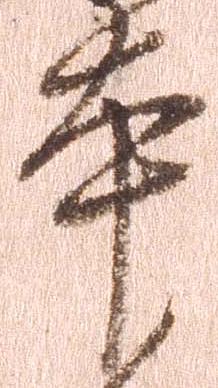
本